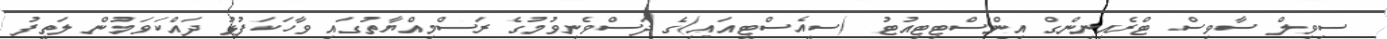
ސިވިލް ސާވިސް ޓްރެއިނިންގް އިންސްޓިޓިއުޓު (ސީއެސްޓީއައި)ގެ ދަސްވެނިވުމުގެ ރަސްމިއްޔާތުގައި ވާހަކަފުޅު ދައްކަވަމުން ލަތީފު